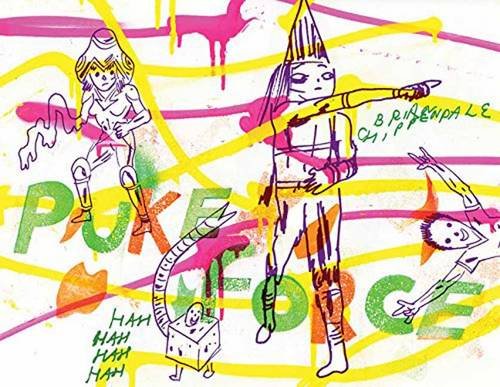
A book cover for Puke Force; Brian Chippendale; Comics & Graphic Novels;